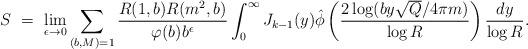
LaTeX: \begin{align*} S \ = \ \lim_{\epsilon \to 0} \sum_{(b,M)=1} \frac{R(1,b)R(m^2,b)}{\varphi(b) b^{\epsilon}} \int_{0}^{\infty} J_{k-1}(y) \hat{\phi} \left( \frac{2\log(by\sqrt{Q}/4\pi m)}{\log R} \right) \frac{dy}{\log R}. \end{align*}